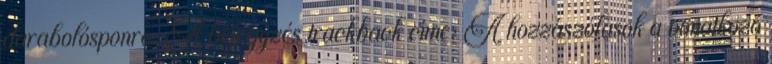
darabolósponró. A bejegyzés trackback címe: A hozzászólások a vonatkozó